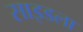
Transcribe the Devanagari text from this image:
साइडला